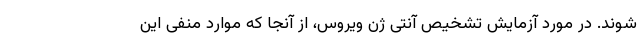
‌شوند. در مورد آزمایش تشخیص آنتی ژن ویروس، از آنجا که موارد منفی این